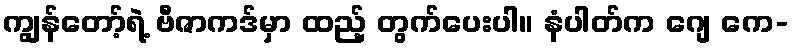
ကျွန်တော့်ရဲ့ ဗီဇာကဒ်မှာ ထည့် တွက်ပေးပါ။ နံပါတ်က ဂျေ ကေ-